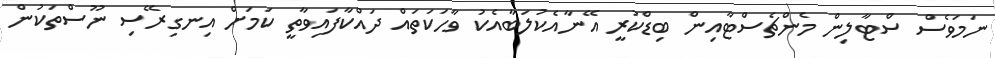
ނަމަވެސް ސްޓާލިން މެންޗެސްޓާއިން ބިޑްކުރީ އޭނާއެކުލަބާއެކު ވާހަކަތައް ދައްކާފައިވާތީ ކަމަށް އިނގިރޭސި ނޫސްތަކުން